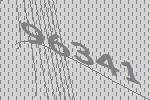
96341